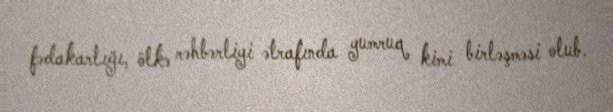
fədakarlığı, ölkə rəhbərliyi ətrafında yumruq kimi birləşməsi olub.